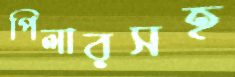
পিলারসহ